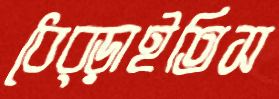
ধেব্‌ড়াইতিস